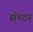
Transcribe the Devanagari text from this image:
सॅण्टर